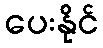
ပေးနိုင်